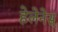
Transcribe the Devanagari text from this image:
हेलेनेस्